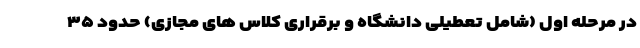
در مرحله اول (شامل تعطیلی دانشگاه و برقراری کلاس های مجازی) حدود ۳۵